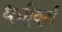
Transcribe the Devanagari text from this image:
धनीवर्ग